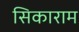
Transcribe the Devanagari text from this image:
सिकाराम